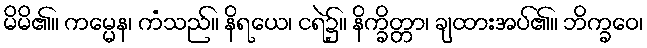
မိမိ၏။ ကမ္မေန၊ ကံသည်။ နိရယေ၊ ငရဲ၌။ နိက္ခိတ္တာ၊ ချထားအပ်၏။ ဘိက္ခဝေ၊